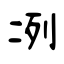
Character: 冽